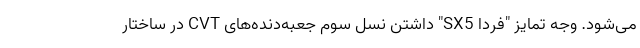
می‌شود. وجه تمایز "فردا SX5" داشتن نسل سوم جعبه‌دنده‌های CVT در ساختار